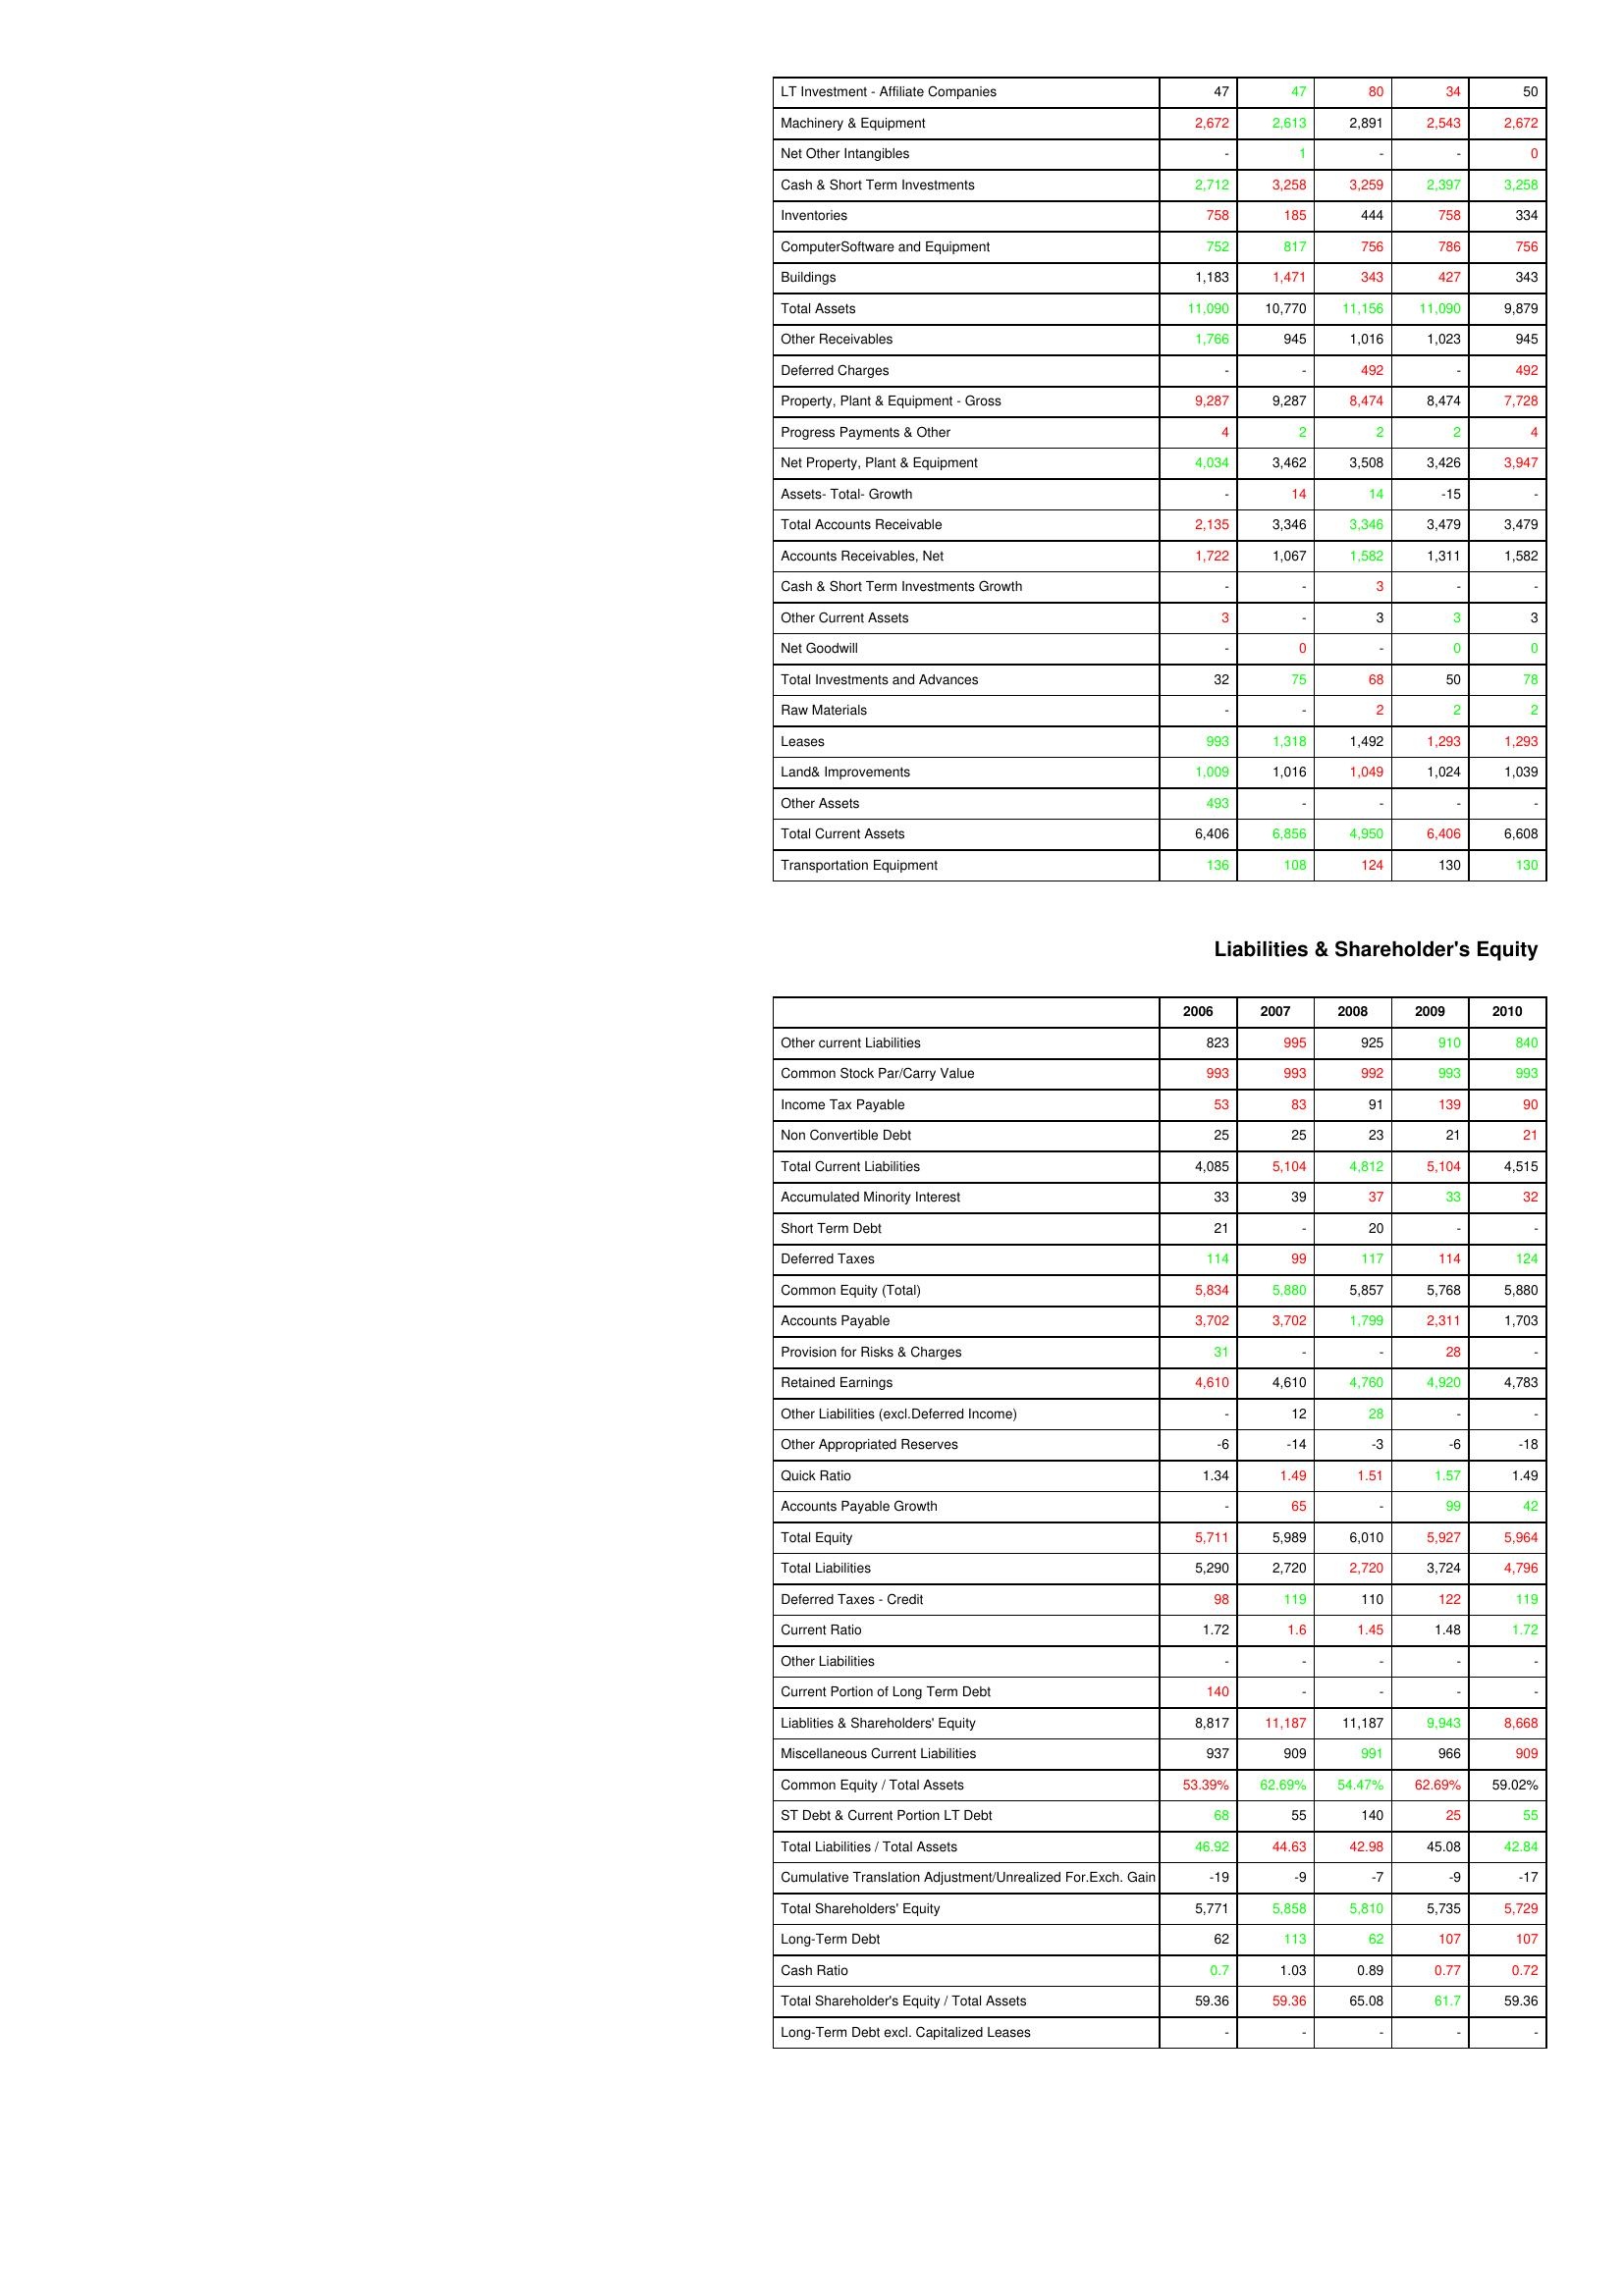
gt_parse: 2006: Assets: LT Investment - Affiliate Companies: 47
Machinery & Equipment: 2,672
Net Other Intangibles: -
Cash & Short Term Investments: 2,712
Inventories: 758
ComputerSoftware and Equipment: 752
Buildings: 1,183
Total Assets: 11,090
Other Receivables: 1,766
Deferred Charges: -
Property, Plant & Equipment - Gross : 9,287
Progress Payments & Other: 4
Net Property, Plant & Equipment: 4,034
Assets- Total- Growth: -
Total Accounts Receivable: 2,135
Accounts Receivables, Net: 1,722
Cash & Short Term Investments Growth: -
Other Current Assets: 3
Net Goodwill: -
Total Investments and Advances: 32
Raw Materials: -
Leases: 993
Land& Improvements: 1,009
Other Assets: 493
Total Current Assets: 6,406
Transportation Equipment: 136
Liabilities & Shareholder's Equity: Other current Liabilities: 823
Common Stock Par/Carry Value: 993
Income Tax Payable: 53
Non Convertible Debt: 25
Total Current Liabilities: 4,085
Accumulated Minority Interest: 33
Short Term Debt: 21
Deferred Taxes: 114
Common Equity (Total): 5,834
Accounts Payable: 3,702
Provision for Risks & Charges: 31
Retained Earnings: 4,610
Other Liabilities (excl.Deferred Income): -
Other Appropriated Reserves: -6
Quick Ratio: 1.34
Accounts Payable Growth: -
Total Equity: 5,711
Total Liabilities: 5,290
Deferred Taxes - Credit: 98
Current Ratio: 1.72
Other Liabilities: -
Current Portion of Long Term Debt: 140
Liablities & Shareholders' Equity: 8,817
Miscellaneous Current Liabilities: 937
Common Equity / Total Assets: 53.39%
ST Debt & Current Portion LT Debt: 68
Total Liabilities / Total Assets: 46.92
Cumulative Translation Adjustment/Unrealized For.Exch. Gain: -19
Total Shareholders' Equity: 5,771
Long-Term Debt: 62
Cash Ratio: 0.7
Total Shareholder's Equity / Total Assets: 59.36
Long-Term Debt excl. Capitalized Leases: -
2007: Assets: LT Investment - Affiliate Companies: 47
Machinery & Equipment: 2,613
Net Other Intangibles: 1
Cash & Short Term Investments: 3,258
Inventories: 185
ComputerSoftware and Equipment: 817
Buildings: 1,471
Total Assets: 10,770
Other Receivables: 945
Deferred Charges: -
Property, Plant & Equipment - Gross : 9,287
Progress Payments & Other: 2
Net Property, Plant & Equipment: 3,462
Assets- Total- Growth: 14
Total Accounts Receivable: 3,346
Accounts Receivables, Net: 1,067
Cash & Short Term Investments Growth: -
Other Current Assets: -
Net Goodwill: 0
Total Investments and Advances: 75
Raw Materials: -
Leases: 1,318
Land& Improvements: 1,016
Other Assets: -
Total Current Assets: 6,856
Transportation Equipment: 108
Liabilities & Shareholder's Equity: Other current Liabilities: 995
Common Stock Par/Carry Value: 993
Income Tax Payable: 83
Non Convertible Debt: 25
Total Current Liabilities: 5,104
Accumulated Minority Interest: 39
Short Term Debt: -
Deferred Taxes: 99
Common Equity (Total): 5,880
Accounts Payable: 3,702
Provision for Risks & Charges: -
Retained Earnings: 4,610
Other Liabilities (excl.Deferred Income): 12
Other Appropriated Reserves: -14
Quick Ratio: 1.49
Accounts Payable Growth: 65
Total Equity: 5,989
Total Liabilities: 2,720
Deferred Taxes - Credit: 119
Current Ratio: 1.6
Other Liabilities: -
Current Portion of Long Term Debt: -
Liablities & Shareholders' Equity: 11,187
Miscellaneous Current Liabilities: 909
Common Equity / Total Assets: 62.69%
ST Debt & Current Portion LT Debt: 55
Total Liabilities / Total Assets: 44.63
Cumulative Translation Adjustment/Unrealized For.Exch. Gain: -9
Total Shareholders' Equity: 5,858
Long-Term Debt: 113
Cash Ratio: 1.03
Total Shareholder's Equity / Total Assets: 59.36
Long-Term Debt excl. Capitalized Leases: -
2008: Assets: LT Investment - Affiliate Companies: 80
Machinery & Equipment: 2,891
Net Other Intangibles: -
Cash & Short Term Investments: 3,259
Inventories: 444
ComputerSoftware and Equipment: 756
Buildings: 343
Total Assets: 11,156
Other Receivables: 1,016
Deferred Charges: 492
Property, Plant & Equipment - Gross : 8,474
Progress Payments & Other: 2
Net Property, Plant & Equipment: 3,508
Assets- Total- Growth: 14
Total Accounts Receivable: 3,346
Accounts Receivables, Net: 1,582
Cash & Short Term Investments Growth: 3
Other Current Assets: 3
Net Goodwill: -
Total Investments and Advances: 68
Raw Materials: 2
Leases: 1,492
Land& Improvements: 1,049
Other Assets: -
Total Current Assets: 4,950
Transportation Equipment: 124
Liabilities & Shareholder's Equity: Other current Liabilities: 925
Common Stock Par/Carry Value: 992
Income Tax Payable: 91
Non Convertible Debt: 23
Total Current Liabilities: 4,812
Accumulated Minority Interest: 37
Short Term Debt: 20
Deferred Taxes: 117
Common Equity (Total): 5,857
Accounts Payable: 1,799
Provision for Risks & Charges: -
Retained Earnings: 4,760
Other Liabilities (excl.Deferred Income): 28
Other Appropriated Reserves: -3
Quick Ratio: 1.51
Accounts Payable Growth: -
Total Equity: 6,010
Total Liabilities: 2,720
Deferred Taxes - Credit: 110
Current Ratio: 1.45
Other Liabilities: -
Current Portion of Long Term Debt: -
Liablities & Shareholders' Equity: 11,187
Miscellaneous Current Liabilities: 991
Common Equity / Total Assets: 54.47%
ST Debt & Current Portion LT Debt: 140
Total Liabilities / Total Assets: 42.98
Cumulative Translation Adjustment/Unrealized For.Exch. Gain: -7
Total Shareholders' Equity: 5,810
Long-Term Debt: 62
Cash Ratio: 0.89
Total Shareholder's Equity / Total Assets: 65.08
Long-Term Debt excl. Capitalized Leases: -
2009: Assets: LT Investment - Affiliate Companies: 34
Machinery & Equipment: 2,543
Net Other Intangibles: -
Cash & Short Term Investments: 2,397
Inventories: 758
ComputerSoftware and Equipment: 786
Buildings: 427
Total Assets: 11,090
Other Receivables: 1,023
Deferred Charges: -
Property, Plant & Equipment - Gross : 8,474
Progress Payments & Other: 2
Net Property, Plant & Equipment: 3,426
Assets- Total- Growth: -15
Total Accounts Receivable: 3,479
Accounts Receivables, Net: 1,311
Cash & Short Term Investments Growth: -
Other Current Assets: 3
Net Goodwill: 0
Total Investments and Advances: 50
Raw Materials: 2
Leases: 1,293
Land& Improvements: 1,024
Other Assets: -
Total Current Assets: 6,406
Transportation Equipment: 130
Liabilities & Shareholder's Equity: Other current Liabilities: 910
Common Stock Par/Carry Value: 993
Income Tax Payable: 139
Non Convertible Debt: 21
Total Current Liabilities: 5,104
Accumulated Minority Interest: 33
Short Term Debt: -
Deferred Taxes: 114
Common Equity (Total): 5,768
Accounts Payable: 2,311
Provision for Risks & Charges: 28
Retained Earnings: 4,920
Other Liabilities (excl.Deferred Income): -
Other Appropriated Reserves: -6
Quick Ratio: 1.57
Accounts Payable Growth: 99
Total Equity: 5,927
Total Liabilities: 3,724
Deferred Taxes - Credit: 122
Current Ratio: 1.48
Other Liabilities: -
Current Portion of Long Term Debt: -
Liablities & Shareholders' Equity: 9,943
Miscellaneous Current Liabilities: 966
Common Equity / Total Assets: 62.69%
ST Debt & Current Portion LT Debt: 25
Total Liabilities / Total Assets: 45.08
Cumulative Translation Adjustment/Unrealized For.Exch. Gain: -9
Total Shareholders' Equity: 5,735
Long-Term Debt: 107
Cash Ratio: 0.77
Total Shareholder's Equity / Total Assets: 61.7
Long-Term Debt excl. Capitalized Leases: -
2010: Assets: LT Investment - Affiliate Companies: 50
Machinery & Equipment: 2,672
Net Other Intangibles: 0
Cash & Short Term Investments: 3,258
Inventories: 334
ComputerSoftware and Equipment: 756
Buildings: 343
Total Assets: 9,879
Other Receivables: 945
Deferred Charges: 492
Property, Plant & Equipment - Gross : 7,728
Progress Payments & Other: 4
Net Property, Plant & Equipment: 3,947
Assets- Total- Growth: -
Total Accounts Receivable: 3,479
Accounts Receivables, Net: 1,582
Cash & Short Term Investments Growth: -
Other Current Assets: 3
Net Goodwill: 0
Total Investments and Advances: 78
Raw Materials: 2
Leases: 1,293
Land& Improvements: 1,039
Other Assets: -
Total Current Assets: 6,608
Transportation Equipment: 130
Liabilities & Shareholder's Equity: Other current Liabilities: 840
Common Stock Par/Carry Value: 993
Income Tax Payable: 90
Non Convertible Debt: 21
Total Current Liabilities: 4,515
Accumulated Minority Interest: 32
Short Term Debt: -
Deferred Taxes: 124
Common Equity (Total): 5,880
Accounts Payable: 1,703
Provision for Risks & Charges: -
Retained Earnings: 4,783
Other Liabilities (excl.Deferred Income): -
Other Appropriated Reserves: -18
Quick Ratio: 1.49
Accounts Payable Growth: 42
Total Equity: 5,964
Total Liabilities: 4,796
Deferred Taxes - Credit: 119
Current Ratio: 1.72
Other Liabilities: -
Current Portion of Long Term Debt: -
Liablities & Shareholders' Equity: 8,668
Miscellaneous Current Liabilities: 909
Common Equity / Total Assets: 59.02%
ST Debt & Current Portion LT Debt: 55
Total Liabilities / Total Assets: 42.84
Cumulative Translation Adjustment/Unrealized For.Exch. Gain: -17
Total Shareholders' Equity: 5,729
Long-Term Debt: 107
Cash Ratio: 0.72
Total Shareholder's Equity / Total Assets: 59.36
Long-Term Debt excl. Capitalized Leases: -